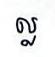
ល្ល